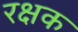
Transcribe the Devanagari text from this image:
रक्षक